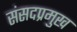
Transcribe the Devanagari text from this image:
संसदप्रमुख